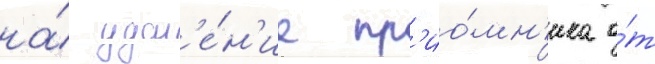
на́ удал'е́н'ие пр'ио́мн'ика о́т